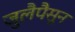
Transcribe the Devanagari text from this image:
जुलैपैसून